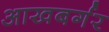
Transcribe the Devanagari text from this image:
आखबर्गर